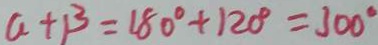
a + \beta = 1 8 0 ^ { \circ } + 1 2 0 ^ { \circ } = 3 0 0 ^ { \circ }